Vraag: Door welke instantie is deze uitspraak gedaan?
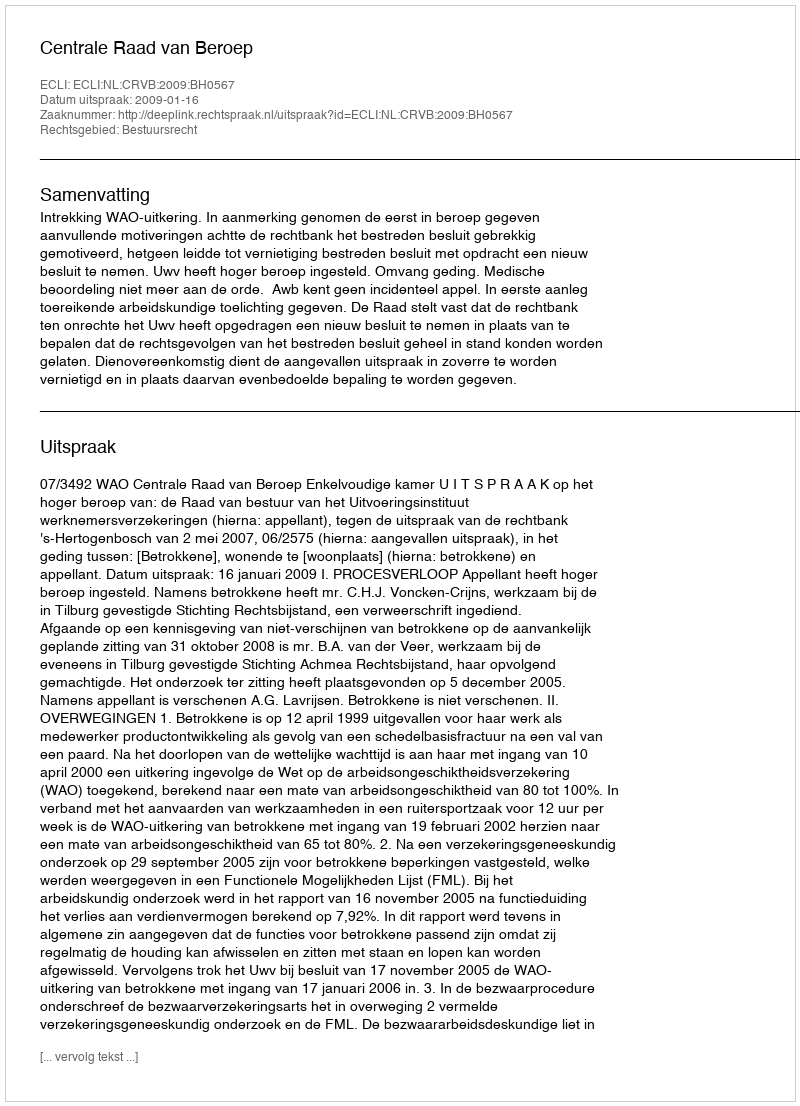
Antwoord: Centrale Raad van Beroep